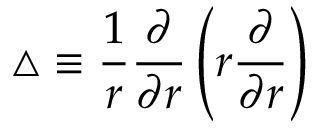
\triangle \equiv \frac { 1 } { r } \frac { \partial } { \partial r } \left( r \frac { \partial } { \partial r } \right)